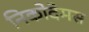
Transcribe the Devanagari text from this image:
निकोदेमस